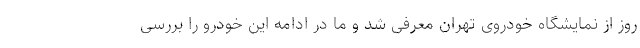
روز از نمایشگاه خودروی تهران معرفی شد و ما در ادامه این خودرو را بررسی